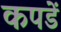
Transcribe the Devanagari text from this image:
कपडें